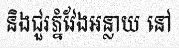
និងជួរភ្នំវែងអន្លាយ នៅ